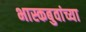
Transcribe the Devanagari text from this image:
भास्कबुवांच्या